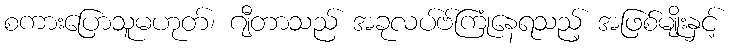
စကားပြောသူမဟုတ်၊ ဂျီတာသည် အခုလပ်ဗ်ကြုံနေရသည့် အဖြစ်မျိုးနှင့်